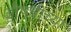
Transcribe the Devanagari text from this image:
औषधींच्या